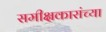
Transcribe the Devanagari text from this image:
समीक्षकारांच्या